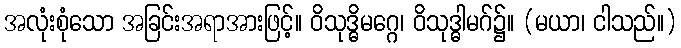
အလုံးစုံသော အခြင်းအရာအားဖြင့်။ ဝိသုဒ္ဓိမဂ္ဂေ၊ ဝိသုဒ္ဓါမဂ်၌။ (မယာ၊ ငါသည်။)